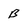
Character: B